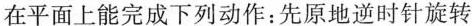
在平面上能完成下列动作：先原地逆时针旋转